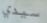
سيدي